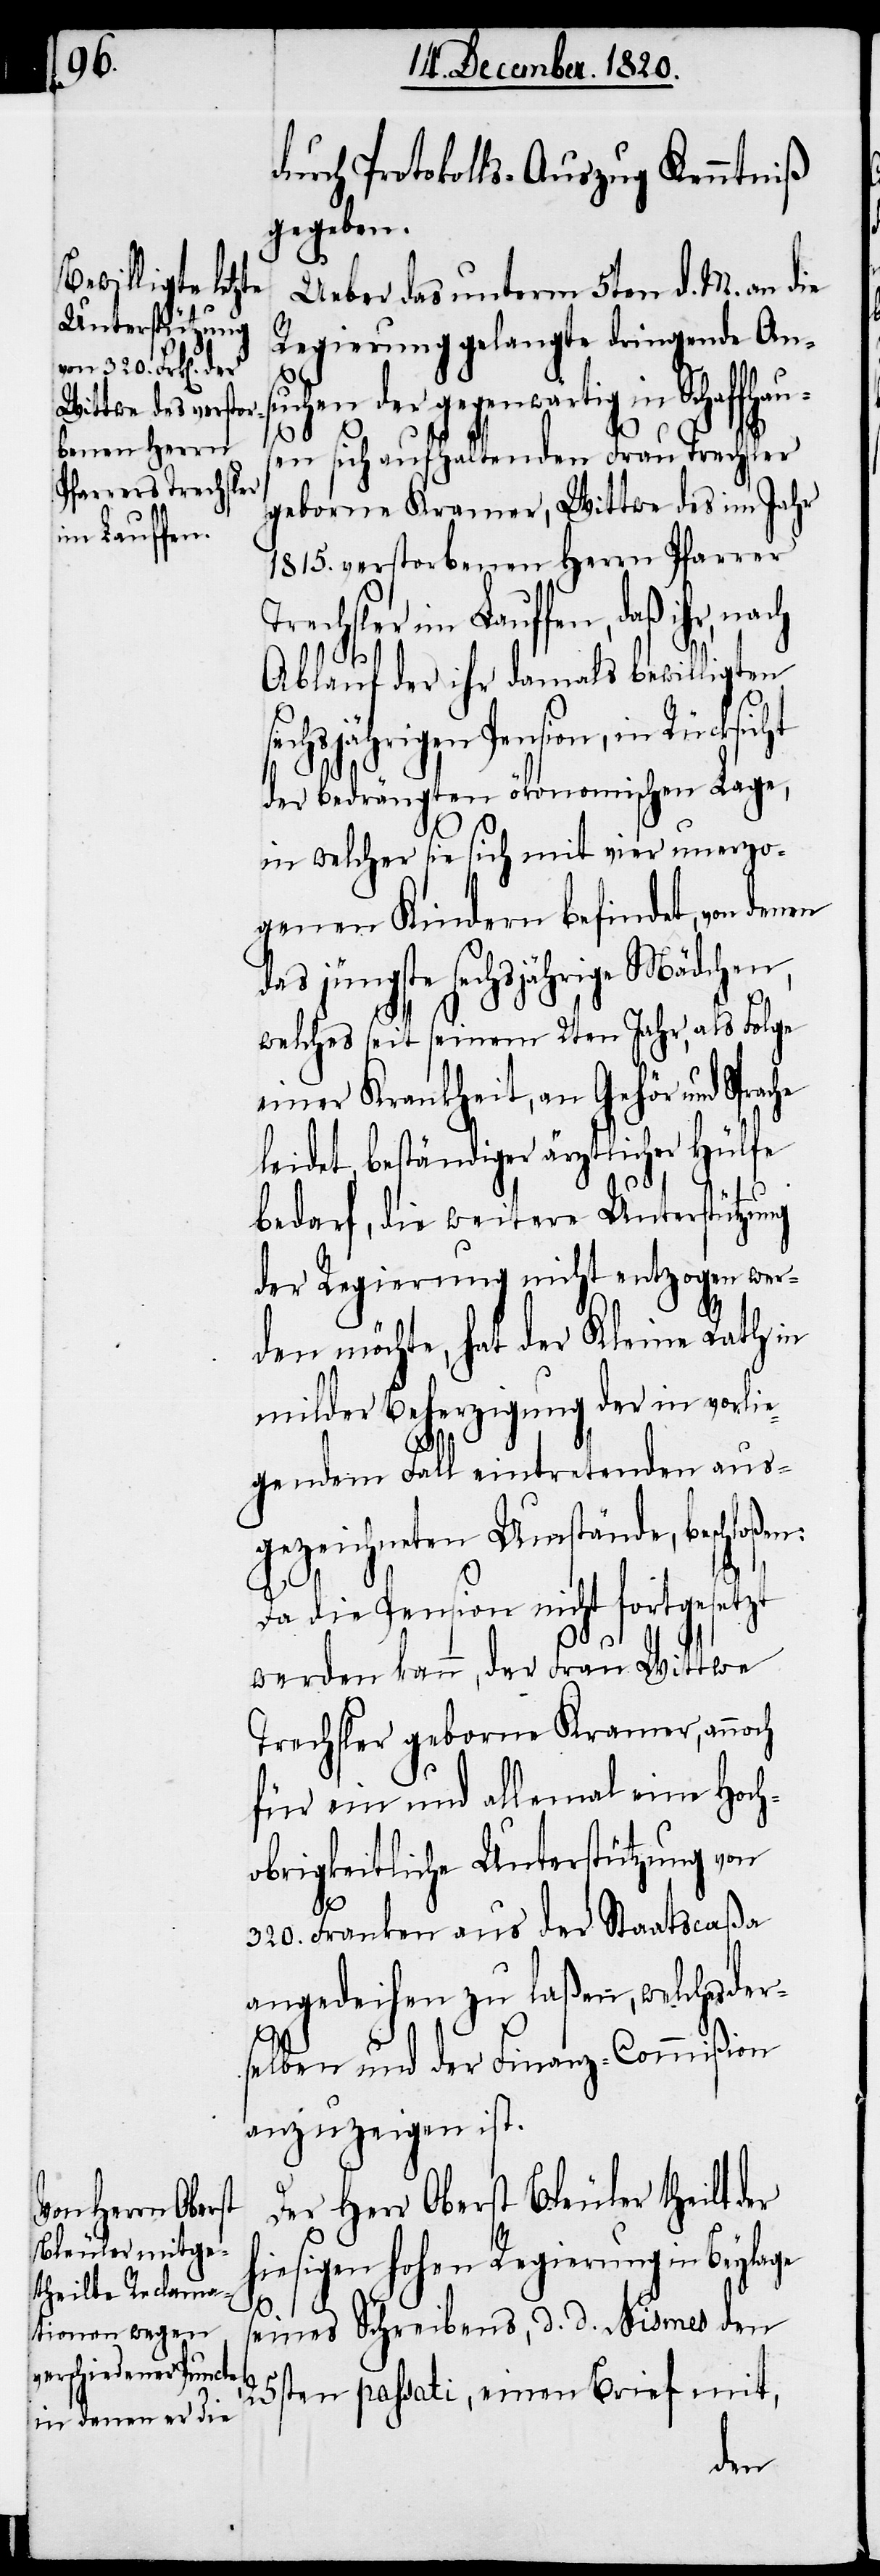
durch Protokolls-Auszug Kenntniß
gegeben.
Ueber das unterm 5ten d. M. an die
Regierung gelangte dringende An¬
chen der gegenwärtig in Schaf¬
en sich aufhaltenden Frau Trechsler
geborne Kramer, Wittwe des im Jahr
1815. verstorbenen Herrn Pfarrer
Trechsler im Lauffen, daß ihr, nach
Ablauf der ihr damals bewilligten
sechsjährigen Pension, in
der bedrängten ökonomischen Lage,
in welcher sie sich mit vier unerzo¬
genen Kindern befindet, von denen
jüngste sechsjährige Mädchen,
welches seit seinem 2ten Jahr, als Folge
einer Krankheit, an Gehör und Sprac¬
leidet, beständiger ärztlicher Hülfe
bedarf, die weitere Unterstützung
der Regierung nicht entzogen wer¬
den möchte, hat der Kleine Rath in
milder Beherzigung der in vorlie¬
n:
gendem Fall eintretenden aus¬
gezeichneten Umstände, beschloße¬
Da die Pension nicht fortgesetzt
werden kann, der Frau Wittwe
Trechsler geborne Kramer, annoch
für ein und allemal eine Hoch¬
obrigkeitliche Unterstützung von
320. Franken aus der Staatscaßa
angedeihen zu laßen, welches
fhaus¬
selben und der Finanz-Commißion
anzuzeigen ist.
Der Herr Oberst Bleuler theilt der
hiesigen hohen Regierung in Beylage
seines Schreibens, d. d. Nismes den
25sten passati, einen Brief mit,
der¬